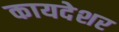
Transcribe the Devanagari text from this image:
कायदेशर